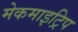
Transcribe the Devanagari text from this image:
मेकमाइट्रिप